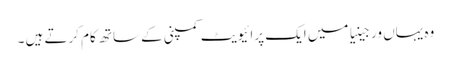
وہ یہاں ورجینیا میں ایک پرائیویٹ کمپنی کے ساتھ کام کرتے ہیں ۔